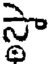
స్థా